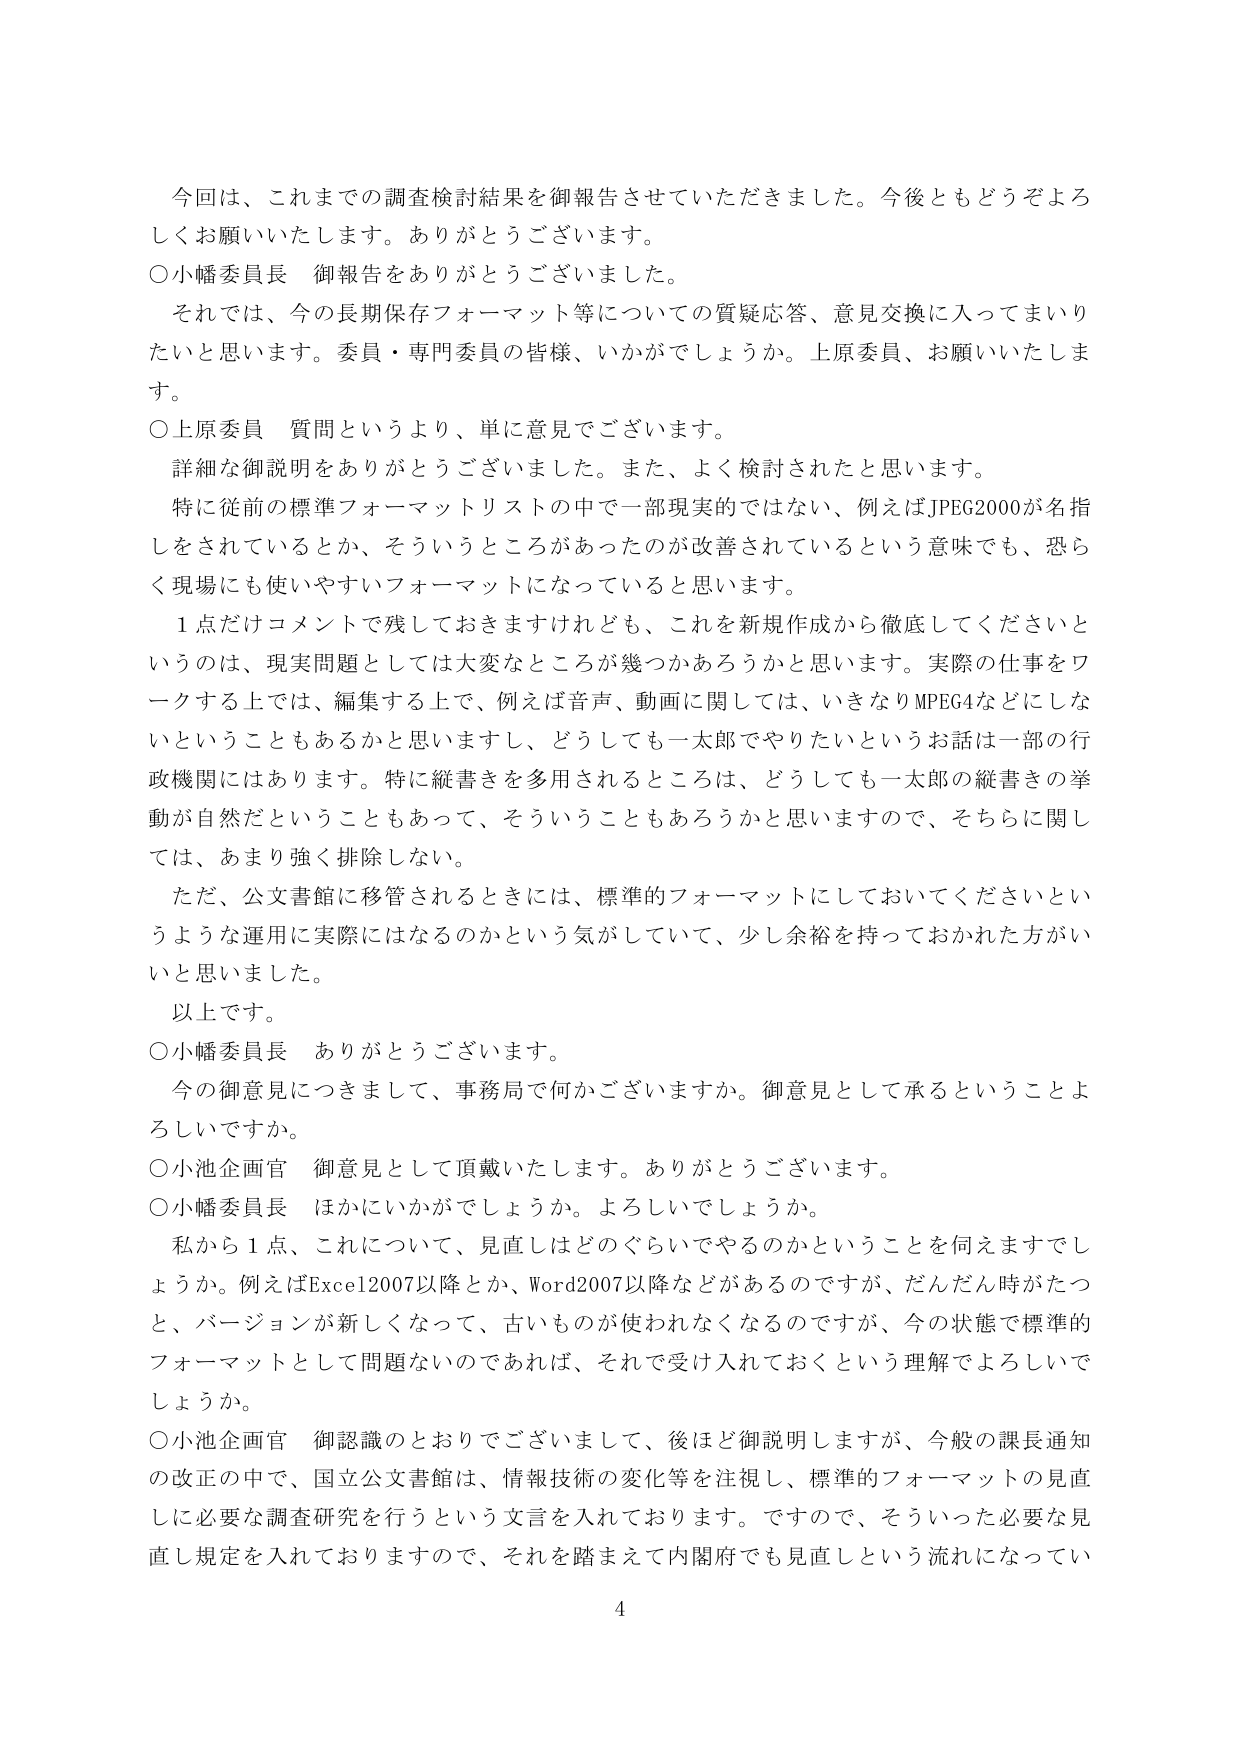
今回は、これまでの調査検討結果を御報告させていただきました。今後ともどうぞよろしくお願いいたします。ありがとうございます。

○小幡委員長 御報告をありがとうございました。

それでは、今の長期保存フォーマット等についての質疑応答、意見交換に入ってまいりたいと思います。委員・専門委員の皆様、いかがでしょうか。上原委員、お願いいたします。

○上原委員 質問というより、単に意見でございます。

詳細な御説明をありがとうございました。また、よく検討されたと思います。

特に従前の標準フォーマットリストの中で一部現実的ではない、例えばJPEG2000が名指しをされているとか、そういうところがあったのが改善されているという意味でも、恐らく現場にも使いやすいフォーマットになっていると思います。

1点だけコメントで残しておきますけれども、これを新規作成から徹底してくださいというのは、現実問題としては大変なところが幾つかあろうかと思います。実際の仕事をワークする上では、編集する上で、例えば音声、動画に関しては、いきなりMPEG4などにしないということもあるかと思いますし、どうしても一太郎でやりたいというお話は一部の行政機関にはあります。特に縦書きを多用されるところは、どうしても一太郎の縦書きの挙動が自然だということもあって、そういうこともあるろうかと思いますので、それらに関しては、あまり強く排除しない。

ただ、公文書館に移管されるときには、標準的フォーマットにしておいてくださいというような運用に実際にはなるのかという気がしていて、少し余裕を持っておかれた方がいいと思いました。

以上です。

○小幡委員長 ありがとうございます。

今の御意見につきまして、事務局で何かございますか。御意見として承るということよろしいですか。

○小池企画官 御意見として頂戴いたします。ありがとうございます。

○小幡委員長 ほかにいかがでしょうか。よろしいでしょうか。

私から1点、これについて、見直しはどのぐらいでやるのかということを伺えますでしょうか。例えばExcel2007以降とか、Word2007以降などがあるのですが、だんだん時がたつと、バージョンが新しくなって、古いものが使われなくなるのですが、今の状態で標準的フォーマットとして問題ないのであれば、それで受け入れておくという理解でよろしいでしょうか。

○小池企画官 御認識のとおりでございまして、後ほど御説明しますが、今般の課長通知の改正の中で、国立公文書館は、情報技術の変化等を注視し、標準的フォーマットの見直しに必要な調査研究を行うという文言を入れております。ですので、そういった必要な見直し規定を入れておりますので、それを踏まえて内閣府でも見直しという流れになってい

4